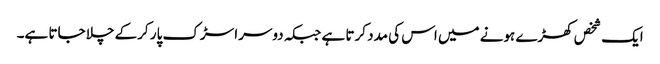
ایک شخص کھڑے ہونے میں اس کی مدد کرتا ہے جبکہ دوسرا سڑک پار کرکے چلا جاتا ہے۔